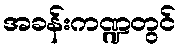
အခန်းကဏ္ဍတွင်